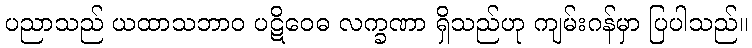
ပညာသည် ယထာသဘာဝ ပဋိဝေဓ လက္ခဏာ ရှိသည်ဟု ကျမ်းဂန်မှာ ပြပါသည်။